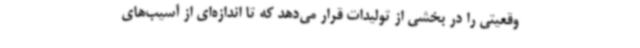
وقعیتی را در بخشی از تولیدات قرار می‌دهد که تا اندازه‌ای از آسیب‌های